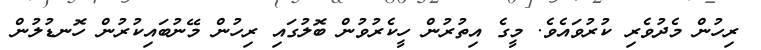
ރިހުން މެދުވެރި ކުރުވައެވެ. މީގެ އިތުރުން ހީކެރުވުން ބޮލުގައި ރިހުން މޭނުބައިކުރުން ހޮނޑުލުން